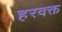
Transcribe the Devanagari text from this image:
हरवक्त